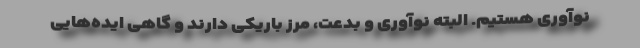
نوآوری هستیم. البته نوآوری و بدعت، مرز باریکی دارند و گاهی ایده‌هایی